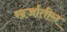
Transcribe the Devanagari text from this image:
खर्जातील